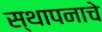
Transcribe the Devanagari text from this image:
स्थापनाचे